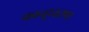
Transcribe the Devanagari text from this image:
कान्हूचरण